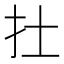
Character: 扗